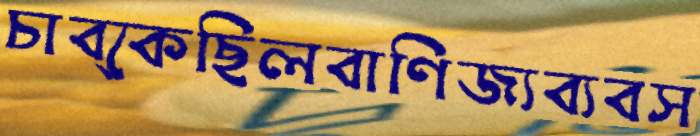
চাব্‌কেছিলবাণিজ্যব্যবস